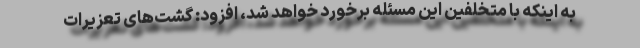
به اینکه با متخلفین این مسئله برخورد خواهد شد، افزود: گشت‌های تعزیرات